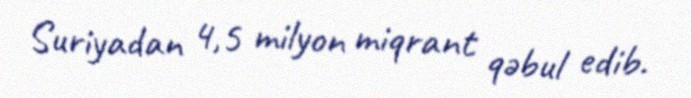
Suriyadan 4,5 milyon miqrant qəbul edib.